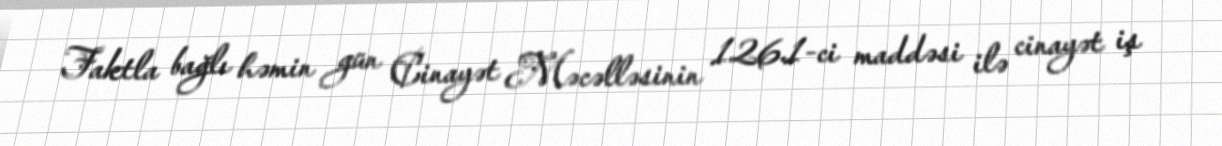
Faktla bağlı həmin gün Cinayət Məcəlləsinin 126.1-ci maddəsi ilə cinayət iş